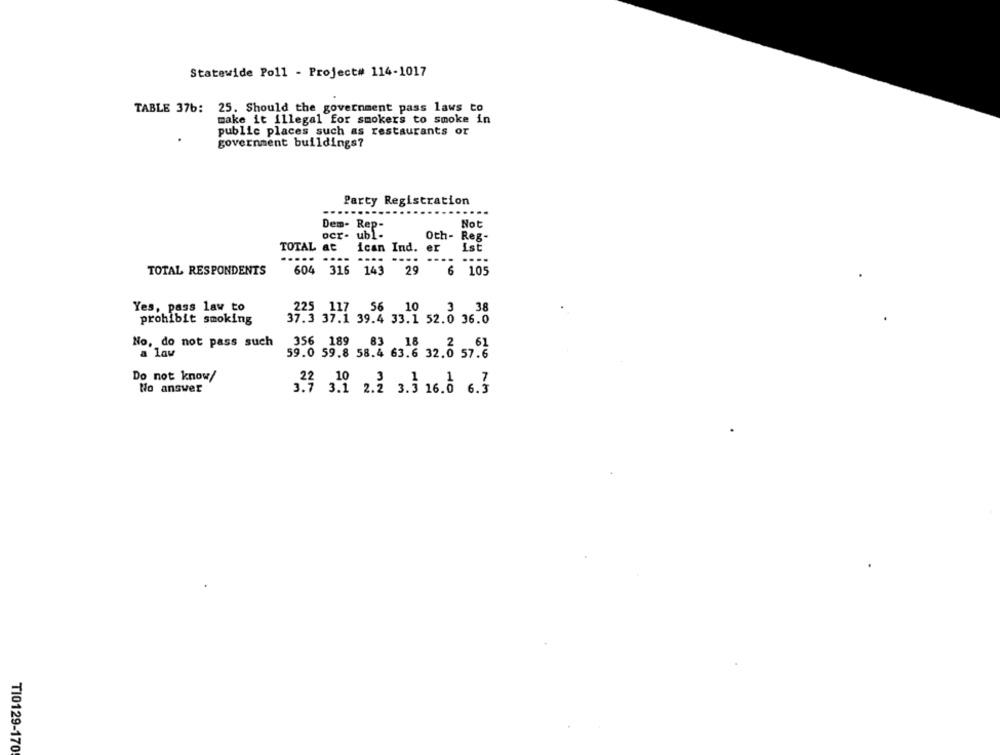
Statewide Poll - Project# 114-1017
TABLE 376:
25. Should the government pass laws to
make it illegal for smokers to smoke in
public places such as restaurants or
government buildings?
Party Registration
...
-.
Dem- Rep-
Not
ocr. ubl-
Oth- Reg-
TOTAL at
ican Ind. er
Ist
....
....
....
..
TOTAL RESPONDENTS
604 316 143
29
6
105
Yes, pass law to
225 117
56 10
3 38
prohibit smoking
37.3 37.1 39.4 33.1 52.0 36.0
No, do not pass such
356 189
a law
59.0 59.8 58.4 63.6 32.0 57.6
Do not know/
No answer
323 319 2.3 3.3 16.8 6.3
T10129-170